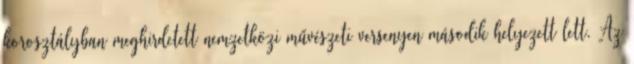
korosztályban meghirdetett nemzetközi művészeti versenyen második helyezett lett. Az